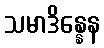
သမာဒိန္နေန